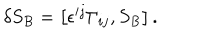
\delta S _ { B } = \left[ \epsilon ^ { i j } \Gamma _ { i j } , S _ { B } \right] .